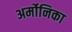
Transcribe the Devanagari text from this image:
अर्मोनिका